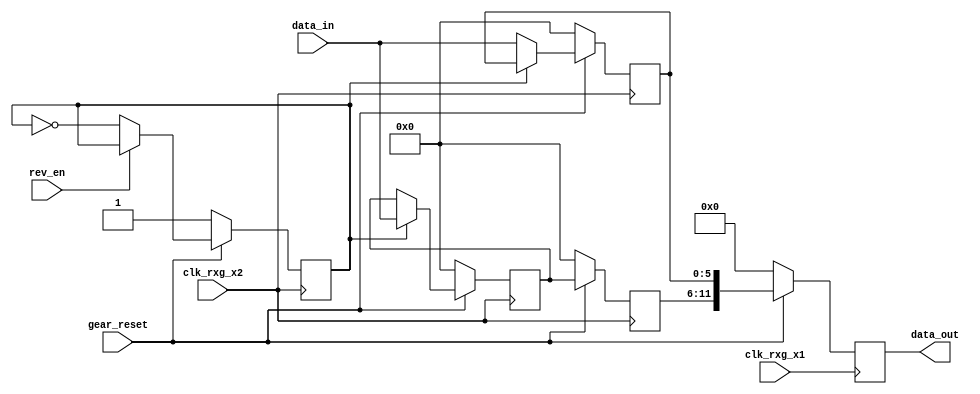
`timescale 1ns / 1ps
//////////////////////////////////////////////////////////////////////////
// Company: 		Gpixel
// Module Name: 	gearbox_2_to_1
// Project Name: 	
// Target Devices:Spartan-6 xc6slx150-3fg900
// Tool versions: ISE13.1
// Function:		
// Interface:
// Dependencies:
// Revision:
//		V1.0 - First created
//////////////////////////////////////////////////////////////////////////
module gearbox_2_to_1(
	clk_rxg_x1, clk_rxg_x2, gear_reset, rev_en,
	data_in,
	data_out
	);
	
	// CLOCK & RESET
	input				clk_rxg_x1;
	input				clk_rxg_x2;
	input				gear_reset;
	input				rev_en;
	
	// DATA
	input	[5:0]		data_in;
	output [11:0]	data_out;

	reg				datain_even;
	         
	reg [5:0]		data_q1;
	reg [5:0]		data_q2;
	reg [11:0]		data_q;
	
	reg [5:0]		data_t1;
	
	assign			data_out	= data_q;
	
	always @(posedge clk_rxg_x2) begin
		if (!gear_reset) begin
			datain_even			<= 1'b1;
			data_t1				<= 6'd0;
			data_q1				<= 6'd0;
			data_q2				<= 6'd0;
		end
		else begin
			
			if (rev_en == 1'b1) begin
				datain_even		<= datain_even;
			end
			else begin
				datain_even			<= ~ datain_even;
			end
			
			if (datain_even == 1'b1) begin
				data_t1			<= data_in;
			end
			else begin
				data_q2			<= data_in;
			end
			
			data_q1				<= data_t1;
			
			
		end
	end
	
	

	always @(posedge clk_rxg_x1) begin
		if (!gear_reset) begin
			data_q				<= 12'd0;
			
		end
		else begin
			data_q				<= {data_q1, data_q2};
		end
	end

endmodule